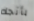
بأتجاه